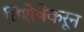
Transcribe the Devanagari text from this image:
विशेषेंकरून